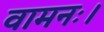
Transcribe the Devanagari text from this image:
वामनः।